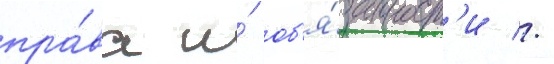
пра́ва и́ об'я́занност'и //